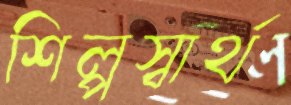
শিল্পস্বার্থ